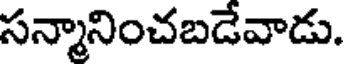
సన్మానించబడేవాడు.